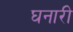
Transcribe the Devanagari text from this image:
घनारी